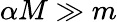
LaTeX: \alpha M\gg m